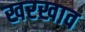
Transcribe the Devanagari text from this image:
खरखाव